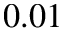
0 . 0 1